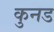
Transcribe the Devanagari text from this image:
कुनड